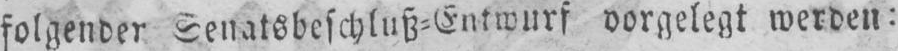
folgender Senatsbeschluss⸗Entwurf vorgelegt werden: